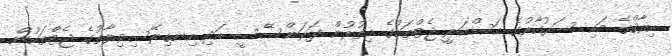
އިރާޤްގެ މައި ސަރުކާރުގެ އަސްކަރީ ޖެޓްތަކުގެ އިތުރުން ފަރަންސޭސީ އަދި އިނގިރޭސިވިލާތުގެ ޖެޓްތަކުން